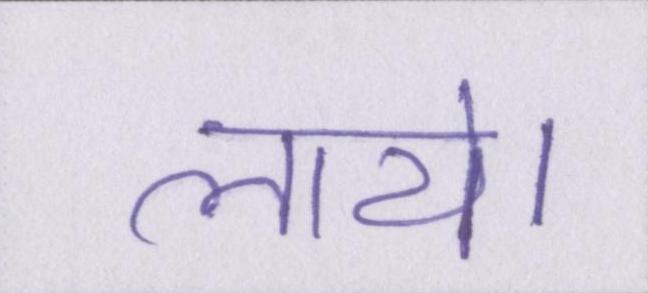
लाये।